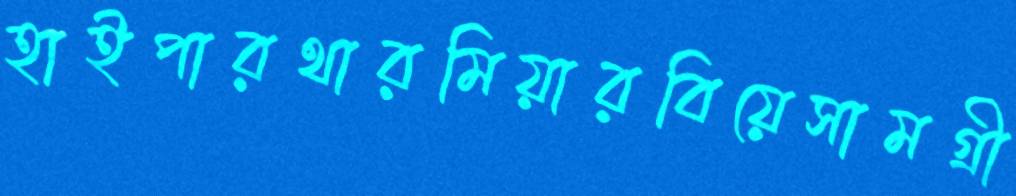
হাইপারথারমিয়ারবিয়েসামগ্রী